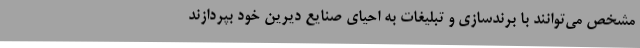
مشخص می‌توانند با برندسازی و تبلیغات به احیای صنایع دیرین خود بپردازند